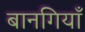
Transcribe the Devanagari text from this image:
बानगियाँ